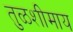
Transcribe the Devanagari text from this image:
तुळशीमाय